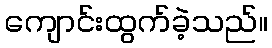
ကျောင်းထွက်ခဲ့သည်။